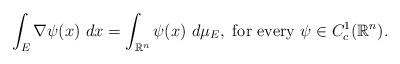
LaTeX: \begin{align*}\int_{E} \nabla \psi (x) \ dx = \int_{\mathbb{R}^{n}} \psi (x) \ d \mu_{E}, \mbox{ for every } \psi \in C_{c}^{1} ( \mathbb{R}^{n}).\end{align*}